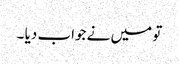
تو میں نے جواب دیا ۔